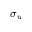
\sigma _ { u }